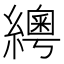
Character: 𦆒